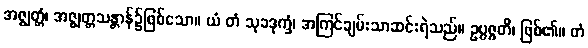
အဇ္ဈတ္တံ၊ အဇ္ဈတ္တသန္တာန်၌ဖြစ်သော။ ယံ တံ သုခဒုက္ခံ၊ အကြင်ချမ်းသာဆင်းရဲသည်။ ဥပ္ပဇ္ဇတိ၊ ဖြစ်၏။ တံ